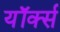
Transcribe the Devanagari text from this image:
यॉर्क्स